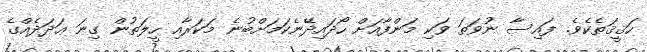
ހަޤީޤަތެކެވެ. ފައިސާ ނުވަތަ ވަކި މަންފާއަށް ހޯދައިދޭނެކަމަށްބުނެ މަކަރާއި ހީލަތުން ގިނަ ޢަދަދެއްގެ